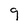
Character: 9